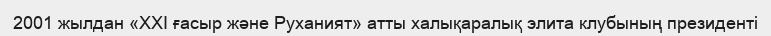
2001 жылдан «ХХІ ғасыр және Руханият» атты халықаралық элита клубының президенті